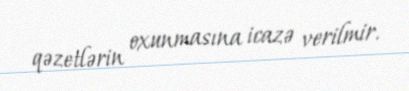
qəzetlərin oxunmasına icazə verilmir.